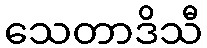
သေတာဒိသီ